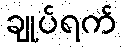
ချုပ်ရက်